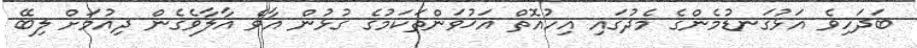
ބަދަހިވެ އަޅުގަނޑުމެންގެ މެދުގައި އިހުއޮތް އަޚުވަންތަކަމުގެ ގުޅުން އާވެ އާލާވެގެން ދިއުމަށް ލިބޭ